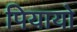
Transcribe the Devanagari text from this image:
पियायो